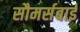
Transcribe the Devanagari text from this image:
सौमर्सबाई